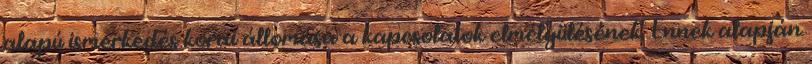
alapú ismerkedés korai állomása a kapcsolatok elmélyülésének. Ennek alapján